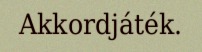
Akkordjáték.